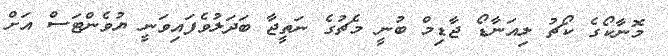
މޮނާާކޯގެ ކޯޗު ލިއަނާޑޯ ޖާޑިމް ބުނީ މެޗުގެ ނަތީޖާ ބަދަލުވެފައިވަނީ ޔުވެންޓަސް އަށް